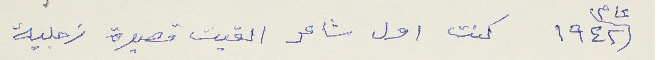
عام ١٩٤٢ كنت اول شاعر القيت قصيدة زجلية